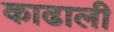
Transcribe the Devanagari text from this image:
काढाली